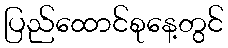
ပြည်ထောင်စုနေ့တွင်